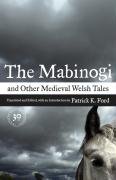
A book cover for The Mabinogi and Other Medieval Welsh Tales; Literature & Fiction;